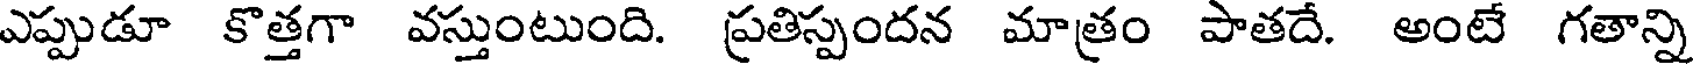
ఎప్పుడూ కొత్తగా వస్తుంటుంది. ప్రతిస్పందన మాత్రం పాతదే. అంటే గతాన్ని